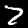
Label: 7